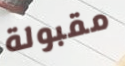
مقبولة